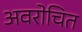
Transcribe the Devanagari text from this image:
अवरोचित